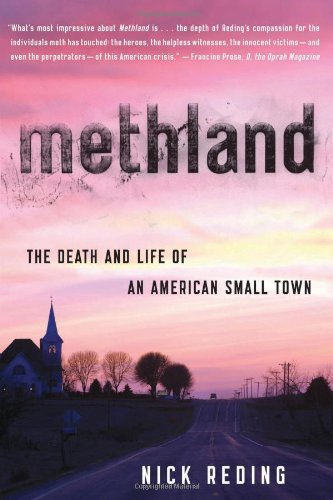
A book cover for Methland: The Death and Life of an American Small Town; Nick Reding; Politics & Social Sciences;